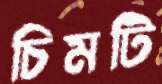
চিমটি